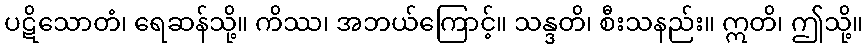
ပဋိသောတံ၊ ရေဆန်သို့။ ကိဿ၊ အဘယ်ကြောင့်။ သန္ဒတိ၊ စီးသနည်း။ ဣတိ၊ ဤသို့။